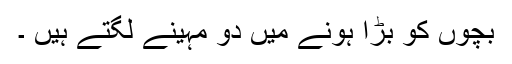
بچوں کو بڑا ہونے میں دو مہینے لگتے ہیں ۔